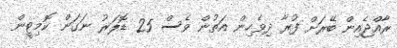
ރާއްޖެއިން ބޭރަށް ފުރާ ދިވެހިން އަތުން ވެސް 25 ޑޮލަރު ނަގަން ކޮމިޓީން